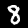
Digit: 8